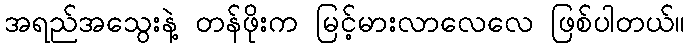
အရည်အသွေးနဲ့ တန်ဖိုးက မြင့်မားလာလေလေ ဖြစ်ပါတယ်။